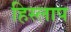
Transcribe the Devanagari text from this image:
हिस्लाप